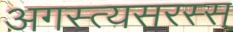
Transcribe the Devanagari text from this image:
अगस्त्यसरस्स्